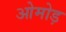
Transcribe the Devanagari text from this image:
ओमोड़